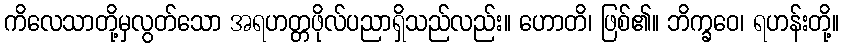
ကိလေသာတို့မှလွတ်သော အရဟတ္တဖိုလ်ပညာရှိသည်လည်း။ ဟောတိ၊ ဖြစ်၏။ ဘိက္ခဝေ၊ ရဟန်းတို့။